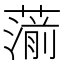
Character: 𦺍